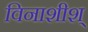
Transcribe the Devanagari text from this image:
विनाशीश्